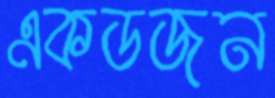
একডজন